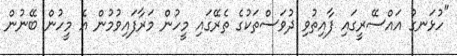
"ހުޅަނގު އައްސޭރީގައި ފާއިތުވި ދުވަސްތަކުގެ ތެރޭގައި މީހުން މަރާފައިވުމުން އެ މީހުން ބޭނުން